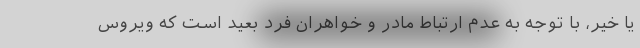
یا خیر، با توجه به عدم ارتباط مادر و خواهران فرد بعید است که ویروس